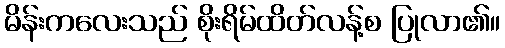
မိန်းကလေးသည် စိုးရိမ်ထိတ်လန့်စ ပြုလာ၏။